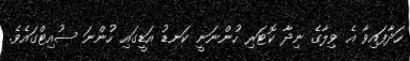
ހަދާފައިވާ އެ ވިލާގެ ނިދާ ކޮޓަރި ހުންނަނީ ކަނޑު އަޑީގައި ހުންނަ ސުއިޓްގައެވެ.